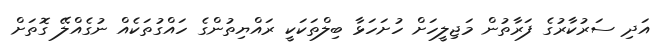
އަދި ސަރުކާރުގެ ފަރާތުން މަޖިލީހަށް ހުށަހަޅާ ބިލްތަކަކީ ރައްޔިތުންގެ ހައްގުތަކެއް ނުގެއްލޭ ގޮތަށް